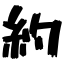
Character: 約